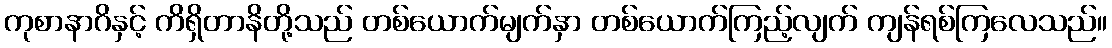
ကုစာနာဂိနှင့် ကိရှိတာနိတို့သည် တစ်ယောက်မျက်နှာ တစ်ယောက်ကြည့်လျက် ကျန်ရစ်ကြလေသည်။